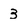
Character: 3